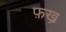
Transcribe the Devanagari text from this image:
फ़ख्र